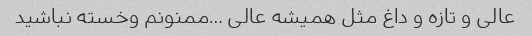
عالی و تازه و داغ مثل همیشه عالی …ممنونم وخسته نباشید